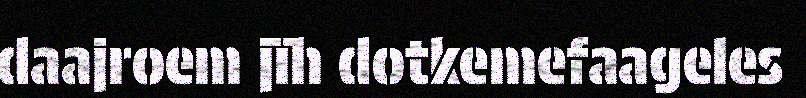
daajroem jïh dotkemefaageles